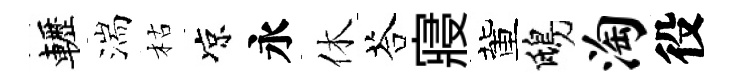
轣湍枯凉永休荅寢董鴟淘役